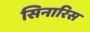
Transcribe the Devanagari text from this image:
सिनारिस